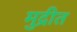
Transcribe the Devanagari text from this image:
मुद्रीत